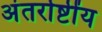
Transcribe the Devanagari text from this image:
अंतर्राष्टींय